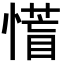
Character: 𭞰